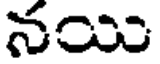
నయి